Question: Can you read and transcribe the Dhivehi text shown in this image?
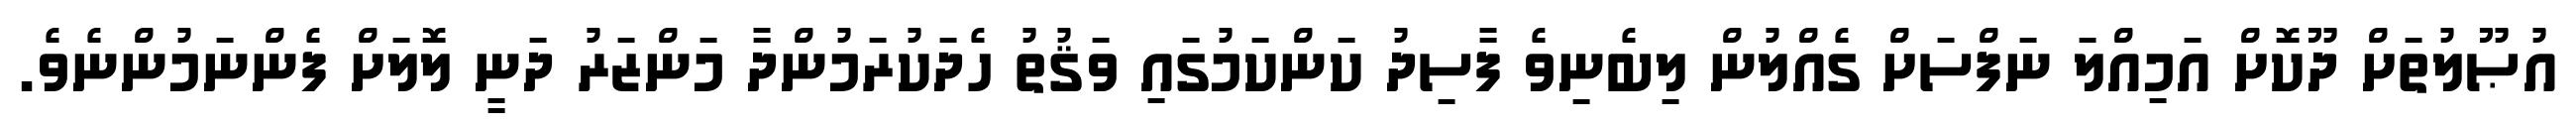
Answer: އުޞޫލުތަށް ދޫކޮށް އަމިއްލަ ނަފްސަށް ގެއްލުން ލިބެނިވެ ފާސިދު ކަންކަމުގައި ވަޤުތު ހެދަކުރަމުންދާ މަންޒަރު ދަނީ ލޮލަށް ފެންނަމުންނެވެ.